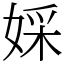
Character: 婇